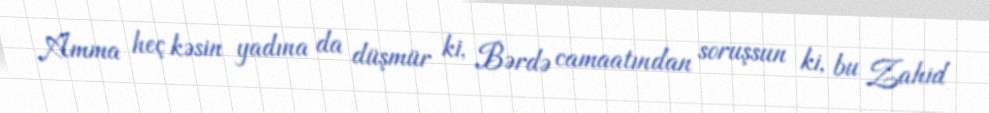
Amma heç kəsin yadına da düşmür ki, Bərdə camaatından soruşsun ki, bu Zahid